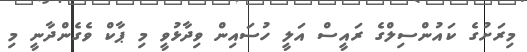
މިރަށުގެ ކައުންސިލްގެ ރައީސް އަލީ ހުސައިން ވިދާޅުވީ މި ޕާކް ވެގެންދާނީ މި